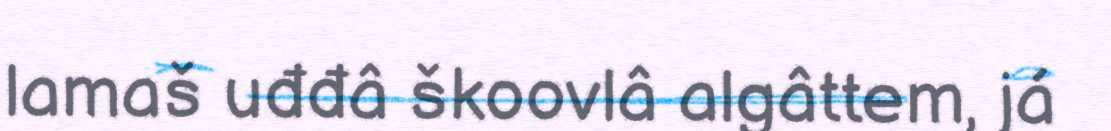
lamaš uđđâ škoovlâ algâttem, já